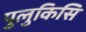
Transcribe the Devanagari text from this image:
पुलुकिसि